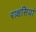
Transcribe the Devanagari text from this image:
राक्षसियां